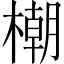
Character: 𣛨